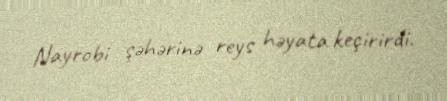
Nayrobi şəhərinə reys həyata keçirirdi.